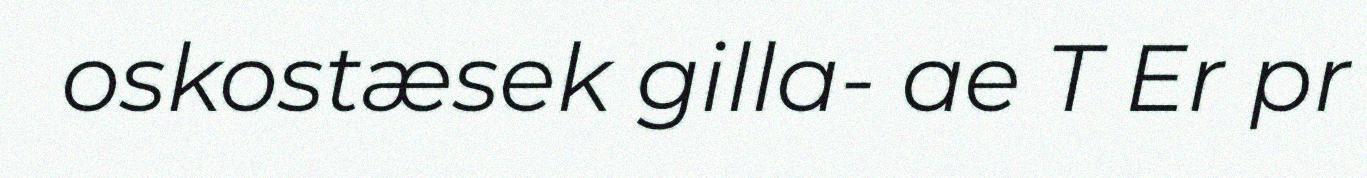
oskostæsek gilla- ae T Er pr